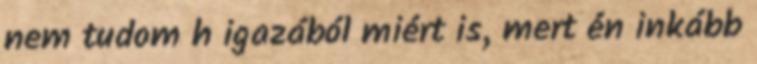
nem tudom h igazából miért is, mert én inkább